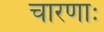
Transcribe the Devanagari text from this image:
चारणाः